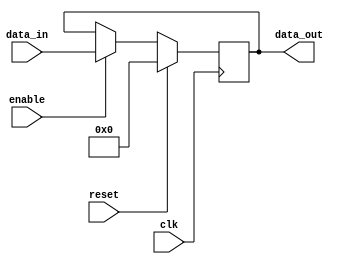
module register (
    input clk,
    input enable,
    input reset,
    input [7:0] data_in,
    output reg [7:0] data_out
);

reg [7:0] internal_data;

always @(posedge clk) begin
    if (reset) begin
        internal_data <= 8'b0;
    end else if (enable) begin
        internal_data <= data_in;
    end
end

assign data_out = internal_data;

endmodule